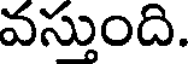
వస్తుంది.